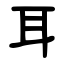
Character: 耳